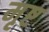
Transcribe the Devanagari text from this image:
मृष्ट